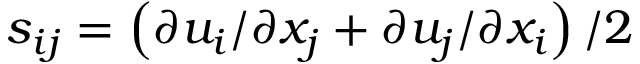
s _ { i j } = \left( \partial u _ { i } / \partial x _ { j } + \partial u _ { j } / \partial x _ { i } \right) / 2